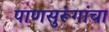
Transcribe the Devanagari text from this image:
पाणसुरूंगांचा